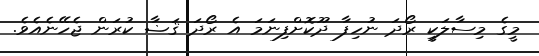
މީގެ މިސާލަކީ ރޯދަ ނުހިފާ ދޫކޮށްފިނަމަ އެ ރޯދަ ޤަޟާ ކުރަން ޖެހޭނެއެވެ.